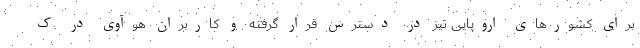
برای کشورهای اروپایی نیز در دسترس قرار گرفته و کاربران هوآوی در ک